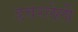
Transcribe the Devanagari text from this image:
डवरलेली